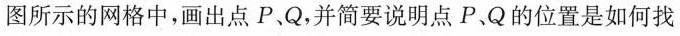
图所示的网格中，画出点P、Q，并简要说明点P、Q的位置是如何找